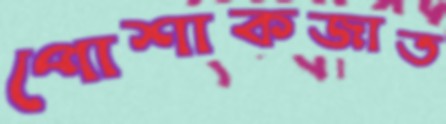
পোশাকজাত